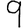
Digit: 9